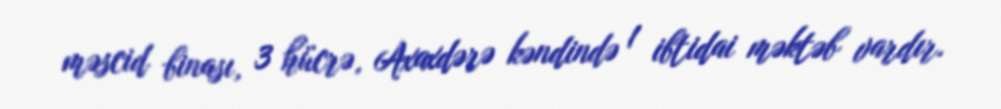
məscid binası, 3 hücrə, Axaxdərə kəndində 1 ibtidai məktəb vardır.